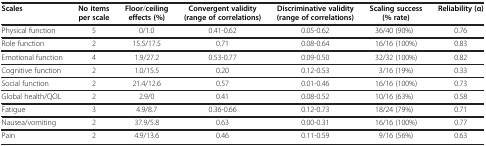
<table><thead><tr><td><b>Scales</b></td><td><b>No items per scale</b></td><td><b>Floor/ceiling effects(%)</b></td><td><b>Convergent validity(range of correlations)</b></td><td><b>Discriminative validity(range of correlations)</b></td><td><b>Scaling success(%rate)</b></td><td><b>Reliability(α)</b></td></tr></thead><tbody><tr><td>Physical function</td><td>5</td><td>0/1.0</td><td>0.41-0.62</td><td>0.05-0.62</td><td>36/40 (90%)</td><td>0.76</td></tr><tr><td>Role function</td><td>2</td><td>15.5/17.5</td><td>0.71</td><td>0.08-0.64</td><td>16/16 (100%)</td><td>0.83</td></tr><tr><td>Emotional function</td><td>4</td><td>1.9/27.2</td><td>0.53-0.77</td><td>0.09-0.50</td><td>32/32 (100%)</td><td>0.82</td></tr><tr><td>Cognitive function</td><td>2</td><td>1.0/15.5</td><td>0.20</td><td>0.12-0.53</td><td>3/16 (19%)</td><td>0.33</td></tr><tr><td>Social function</td><td>2</td><td>21.4/12.6</td><td>0.57</td><td>0.01-0.46</td><td>16/16 (100%)</td><td>0.73</td></tr><tr><td>Global health/QOL</td><td>2</td><td>2.9/0</td><td>0.41</td><td>0.08-0.52</td><td>10/16 (63%)</td><td>0.58</td></tr><tr><td>Fatigue</td><td>3</td><td>4.9/8.7</td><td>0.36-0.66</td><td>0.12-0.73</td><td>18/24 (79%)</td><td>0.71</td></tr><tr><td>Nausea/vomiting</td><td>2</td><td>37.9/5.8</td><td>0.63</td><td>0.00-0.31</td><td>16/16 (100%)</td><td>0.77</td></tr><tr><td>Pain</td><td>2</td><td>4.9/13.6</td><td>0.46</td><td>0.11-0.59</td><td>9/16 (56%)</td><td>0.63</td></tr></tbody></table>